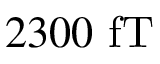
2 3 0 0 ~ \mathrm { f T }